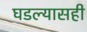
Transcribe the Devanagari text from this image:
घडल्यासही